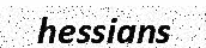
hessians